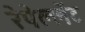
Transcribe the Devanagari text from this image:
रेपेल्लेंट